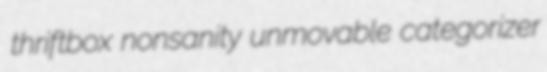
thriftbox nonsanity unmovable categorizer